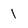
Character: 1